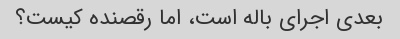
بعدی اجرای باله است، اما رقصنده کیست؟